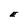
Character: E